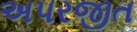
અપરજીત